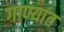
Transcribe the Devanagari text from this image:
गाण्यांत